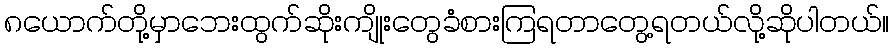
၈ယောက်တို့မှာဘေးထွက်ဆိုးကျိုးတွေခံစားကြရတာတွေ့ရတယ်လို့ဆိုပါတယ်။